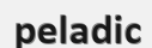
peladic